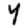
Digit: 4